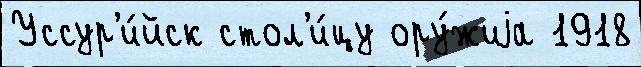
Уссур'и́йск стол'и́цу ору́жиjа 1918